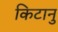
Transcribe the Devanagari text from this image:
किटानु